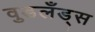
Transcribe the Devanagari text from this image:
वुडलँड्स